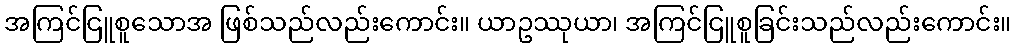
အကြင်ငြူစူသောအ ဖြစ်သည်လည်းကောင်း။ ယာဥဿုယာ၊ အကြင်ငြူစူခြင်းသည်လည်းကောင်း။